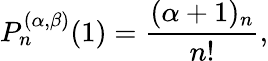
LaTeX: P_{n}^{(\alpha,\beta)}(1)=\frac{(\alpha+1)_{n}}{n!},